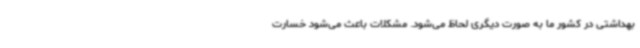
بهداشتی در کشور ما به صورت دیگری لحاظ می‌شود. مشکلات باعث می‌شود خسارت